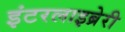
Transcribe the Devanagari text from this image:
इंटरलाइब्रेरी